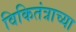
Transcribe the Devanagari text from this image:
विकितंत्राच्या